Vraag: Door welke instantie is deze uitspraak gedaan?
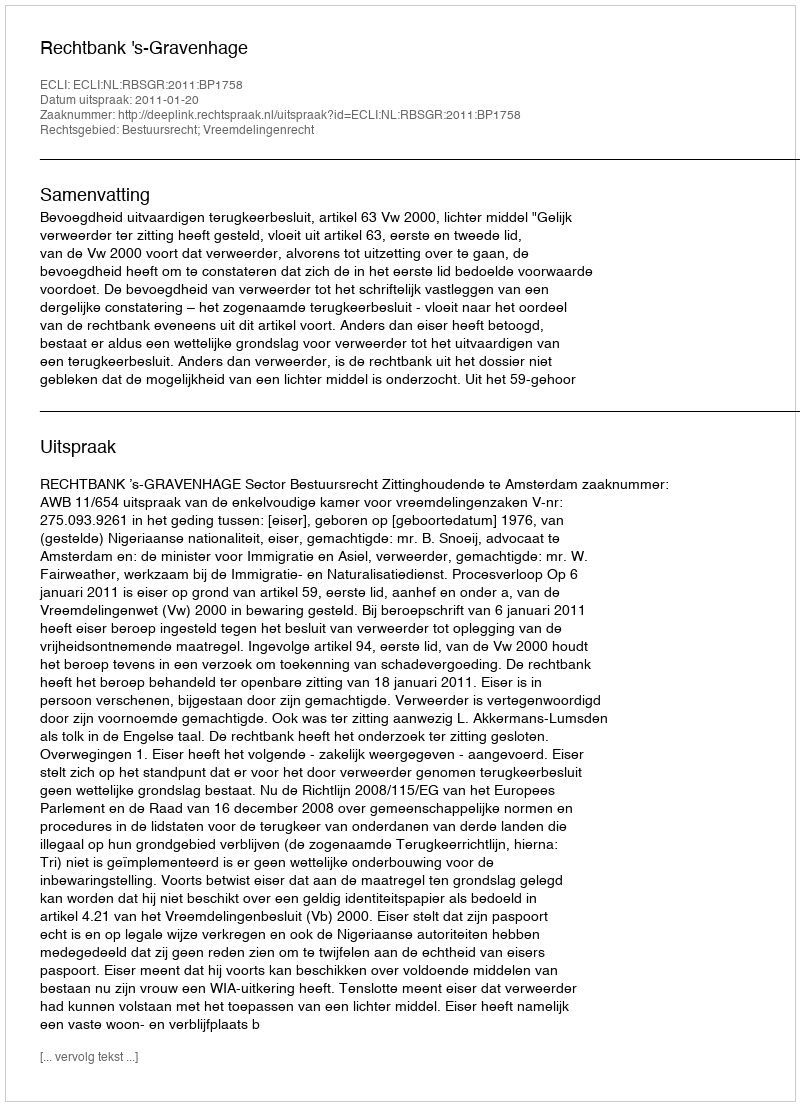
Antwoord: Rechtbank 's-Gravenhage